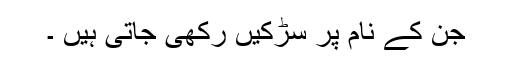
جن کے نام پر سڑکیں رکھی جاتی ہیں ۔